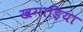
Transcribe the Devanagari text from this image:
खगाड़िया